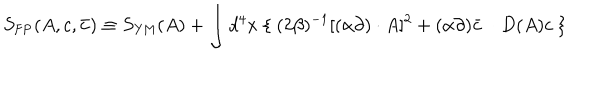
LaTeX: S _ { \mathrm { F P } } ( A , c , \bar { c } ) \equiv S _ { \mathrm { Y M } } ( A ) + \int d ^ { 4 } x \ \{ \ ( 2 \beta ) ^ { - 1 } [ ( \alpha \partial ) \cdot A ] ^ { 2 } + ( \alpha \partial ) \bar { c } \ \cdot D ( A ) c \ \}